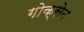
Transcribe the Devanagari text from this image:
गोक्सेन